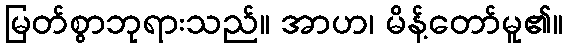
မြတ်စွာဘုရားသည်။ အာဟ၊ မိန့်တော်မူ၏။